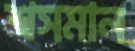
শ্বসমান